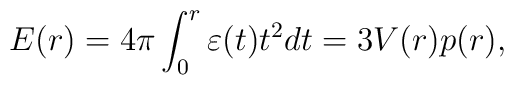
E(r)=4\pi \int_{0}^{r}{\varepsilon (t)t^2dt}=3V(r)p(r),